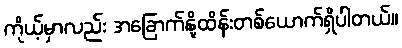
ကိုယ့်မှာလည်း အခြောက်နို့ထိန်းတစ်ယောက်ရှိပါတယ်။